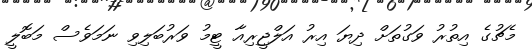
މެޗުގެ އިތުރު ވަގުތަށް ދިޔަ އިރު އަލްޖީރިއާ ޓީމު ވަރުބަލިވި ނަމަވެސް މަބޮލީ